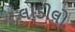
લાડીલો